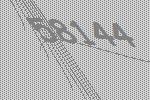
58144